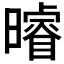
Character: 𭨈